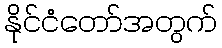
နိုင်ငံတော်အတွက်